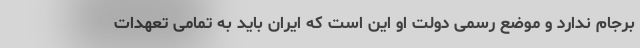
برجام ندارد و موضع رسمی دولت او این است که ایران باید به تمامی تعهدات